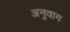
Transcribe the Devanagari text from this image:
अनुवाग